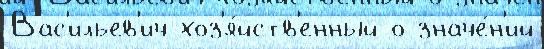
Вас'ильев'ич хоз'я́йств'енный о значе́н'ий